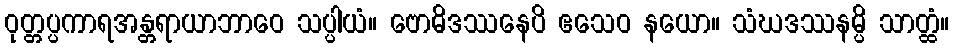
ဝုတ္တပ္ပကာရအန္တရာယာဘာဝေ သပ္ပါယံ။ ဗောဓိဒဿနေပိ ဧသေဝ နယော။ သံဃဒဿနမ္ပိ သာတ္ထံ။